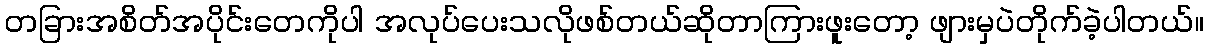
တခြားအစိတ်အပိုင်းတေကိုပါ အလုပ်ပေးသလိုဖစ်တယ်ဆိုတာကြားဖူးတော့ ဖျားမှပဲတိုက်ခဲ့ပါတယ်။